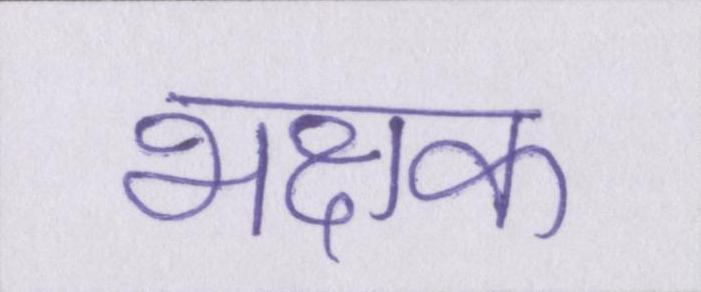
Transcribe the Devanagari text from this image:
भक्षक